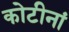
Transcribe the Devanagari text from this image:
कोटीनां